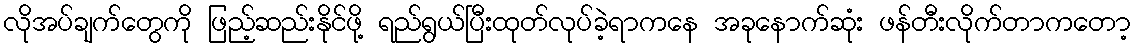
လိုအပ်ချက်တွေကို ဖြည့်ဆည်းနိုင်ဖို့ ရည်ရွယ်ပြီးထုတ်လုပ်ခဲ့ရာကနေ အခုနောက်ဆုံး ဖန်တီးလိုက်တာကတော့